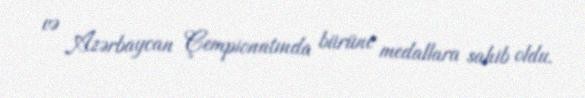
və Azərbaycan Çempionatında bürünc medallara sahib oldu.